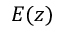
E ( z )